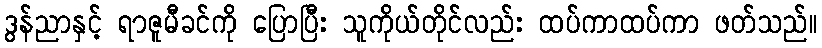
ဒွန်ညာနှင့် ရာဇူမီခင်ကို ပြောပြီး သူကိုယ်တိုင်လည်း ထပ်ကာထပ်ကာ ဖတ်သည်။